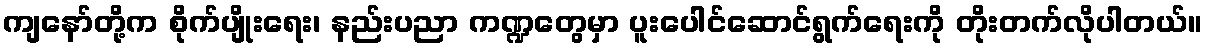
ကျနော်တို့က စိုက်ပျိုးရေး၊ နည်းပညာ ကဏ္ဍတွေမှာ ပူးပေါင်ဆောင်ရွက်ရေးကို တိုးတက်လိုပါတယ်။